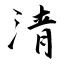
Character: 淸